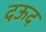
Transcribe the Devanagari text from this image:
दऊद